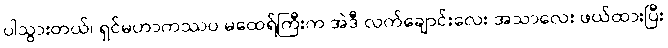
ပါသွားတယ်၊ ရှင်မဟာကဿပ မထေရ်ကြီးက အဲဒီ လက်ချောင်းလေး အသာလေး ဖယ်ထားပြီး